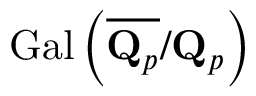
{ \mathrm { G a l } } \left( { \overline { { \mathbf { Q } _ { p } } } } / \mathbf { Q } _ { p } \right)